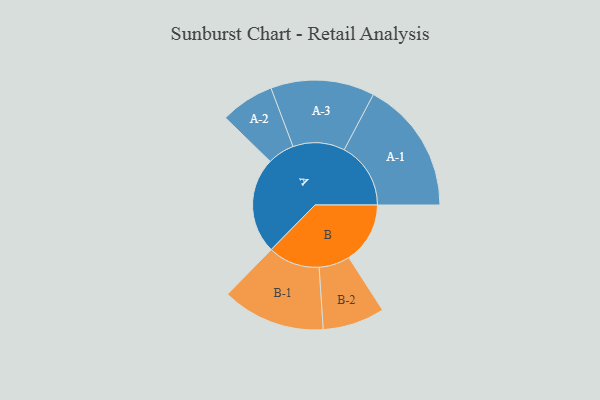
{"axis": {"x": "Segment", "y": "Value"}, "legend": ["", "A", "B"], "data": [{"x": "A", "y": 400, "type": ""}, {"x": "B", "y": 255, "type": ""}, {"x": "A-1", "y": 277, "type": "A"}, {"x": "A-2", "y": 112, "type": "A"}, {"x": "A-3", "y": 216, "type": "A"}, {"x": "B-1", "y": 215, "type": "B"}, {"x": "B-2", "y": 129, "type": "B"}]}